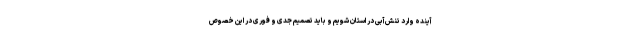
آینده وارد تنش آبی در استان شویم و باید تصمیم جدی و فوری در این خصوص